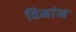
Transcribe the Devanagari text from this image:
विमांन